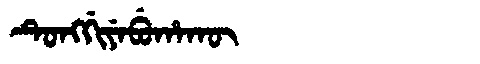
Manchu: ᡨᡠᠩᡤᡳᠶᡝᠪᡠᡥᠠᡴᡡ
Romanization: TUNGGIYEBUHAKŪ